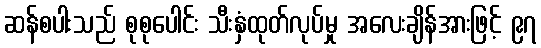
ဆန်စပါးသည် စုစုပေါင်း သီးနှံထုတ်လုပ်မှု အလေးချိန်အားဖြင့် ၉၇